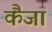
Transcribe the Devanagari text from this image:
कैंजा